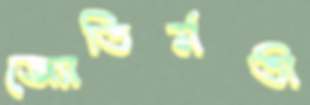
জ্যোতির্মতী